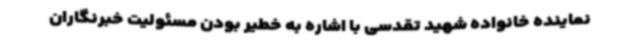
نماینده خانواده شهید تقدسی با اشاره به خطیر بودن مسئولیت خبرنگاران